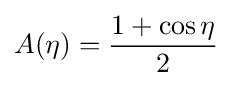
A(\eta )={\frac {1+\cos \eta }{2}}